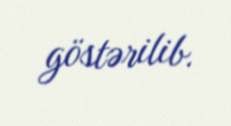
göstərilib.